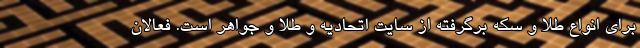
برای انواع طلا و سکه برگرفته از سایت اتحادیه و طلا و جواهر است. فعالان